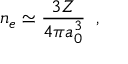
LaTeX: n _ { e } \simeq \frac { 3 Z } { 4 \pi a _ { 0 } ^ { 3 } } \; \; ,